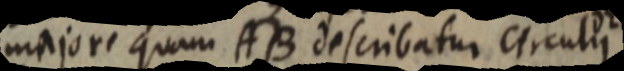
majore quam AB describatur circulis